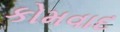
કોમવાદ